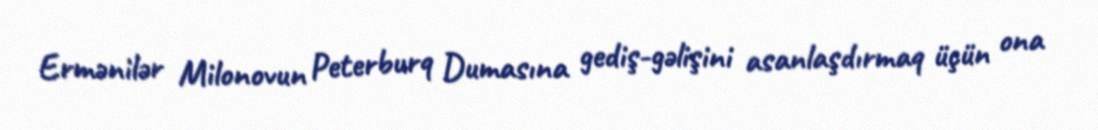
Ermənilər Milonovun Peterburq Dumasına gediş-gəlişini asanlaşdırmaq üçün ona